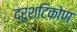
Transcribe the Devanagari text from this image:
द्रुश्टिकोण